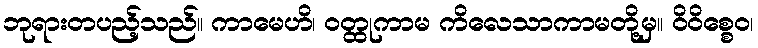
ဘုရားတပည့်သည်။ ကာမေဟိ၊ ဝတ္ထုကာမ ကိလေသာကာမတို့မှ။ ဝိဝိစ္စေဝ၊